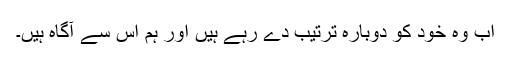
اب وہ خود کو دوبارہ ترتیب دے رہے ہیں اور ہم اس سے آگاہ ہیں۔